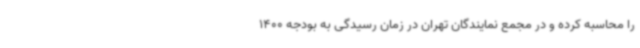
را محاسبه کرده و در مجمع نمایندگان تهران در زمان رسیدگی به بودجه 1400